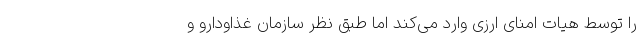
را توسط هیات امنای ارزی وارد می‌کند اما طبق نظر سازمان غذاودارو و